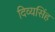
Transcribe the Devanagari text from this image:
दिव्यसिंह